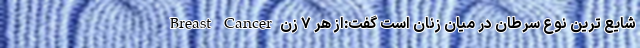
Breast Cancer شایع ترین نوع سرطان در میان زنان است گفت:از هر ۷ زن